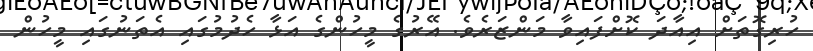
ހުރިގޮތަށް އިއާދަ ކޮށްފައިވާ މަންޒަރެވެ. އޭރުގެ މީހުންގެ އަޅާ ހެދުމުގައި އެތަނުގައި މީހުން